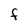
Character: F